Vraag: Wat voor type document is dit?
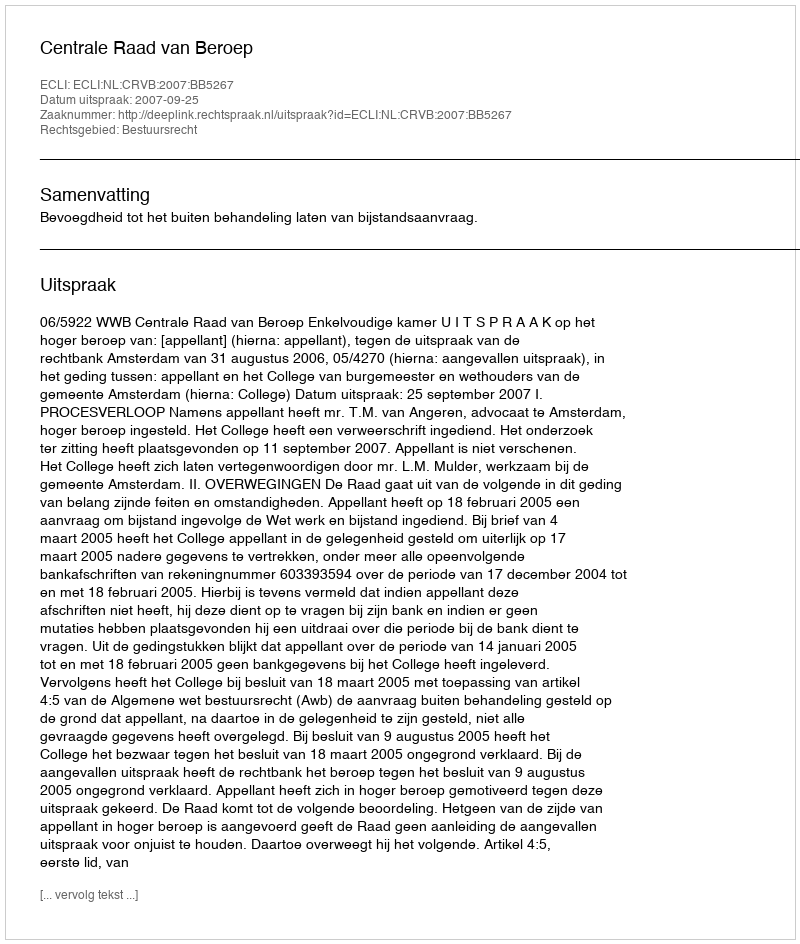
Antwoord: Uitspraak